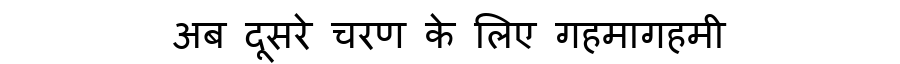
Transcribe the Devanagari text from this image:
अब दूसरे चरण के लिए गहमागहमी